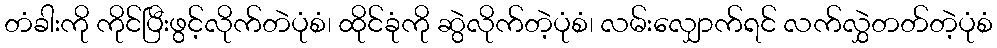
တံခါးကို ကိုင်ပြီးဖွင့်လိုက်တဲပုံစံ၊ ထိုင်ခုံကို ဆွဲလိုက်တဲ့ပုံစံ၊ လမ်းလျှောက်ရင် လက်လွှဲတတ်တဲ့ပုံစံ